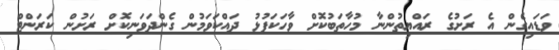
ވަޑައިގެން އެ ރަށުގެ ރައްޔިތުންނާ މުހާތަބުކޮށް ވާހަކަފުޅު ދައްކަވަމުން ގެންދަވަނިކޮށް ރަށުން ކަރަންޓް